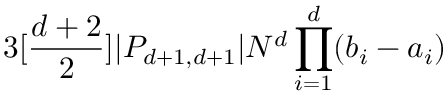
3 [ \frac { d + 2 } { 2 } ] | P _ { d + 1 , d + 1 } | N ^ { d } \prod _ { i = 1 } ^ { d } ( b _ { i } - a _ { i } )